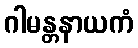
ဂါမန္တနာယကံ